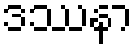
ဒဿနာ